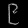
Digit: ၉